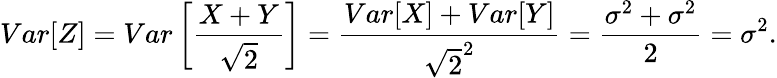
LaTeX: Var[Z]=Var\left[\frac{X+Y}{\sqrt{2}}\right]=\frac{Var[X]+Var[Y]}{\sqrt{2}^{2}}=\frac{\sigma^{2}+\sigma^{2}}{2}=\sigma^{2}.